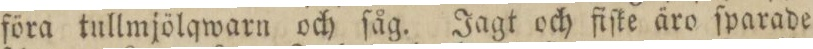
föra tullmjölqwarn och ſåg. Jagt och fiſke äro ſparade